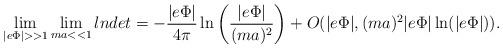
LaTeX: \begin{align*}\lim_{|e\Phi| >> 1} \lim_{ma << 1} lndet = -\frac{|e\Phi|}{4\pi} \ln\left(\frac{|e\Phi|}{(ma)^2}\right) + O(|e\Phi|,(ma)^2|e\Phi|\ln(|e\Phi|)).\end{align*}